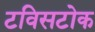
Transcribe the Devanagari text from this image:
टविसटोक